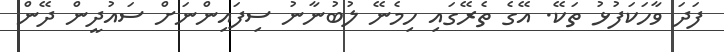
ފަދަ ވާހަކަފުޅު ތަކޭ. އޭގެ ތެރޭގައި ހިމެނޭ ލުބުނާނު ސިފައިންނަށް ސައުދީން ދޭން